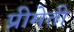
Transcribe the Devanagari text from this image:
प्रीमेती